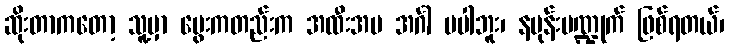
ဆိုးတာကတော့ သူ့မှာ မွေးကတည်းက အထီးအမ အင်္ဂါ မပါဘူး၊ နပုန်းပဏ္ဍုက် ဖြစ်ရတယ်၊